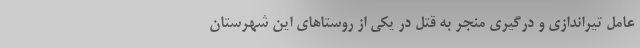
عامل تیراندازی و درگیری منجر به قتل در یکی از روستاهای این شهرستان